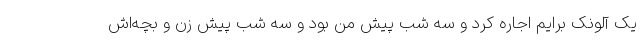
یک آلونک برایم اجاره کرد و سه شب پیش من بود و سه شب پیش زن و بچه‌اش